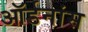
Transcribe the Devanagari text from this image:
ऑर्डनांस